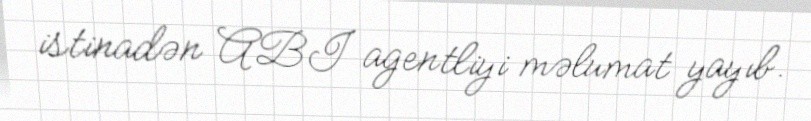
istinadən ABI agentliyi məlumat yayıb.